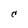
Character: C